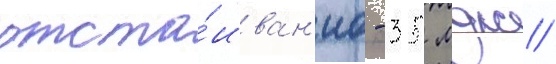
отста́иван'иа - 35 мдж/